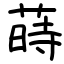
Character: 蒔